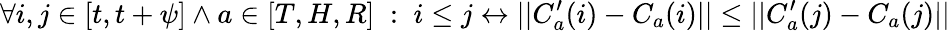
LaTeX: \forall i,j\in[t,t+\psi]\wedge a\in[T,H,R]\; :\; i\leq j\leftrightarrow||C_{a}^{\prime}(i)-C_{a}(i)||\leq||C_{a}^{\prime}(j)-C_{a}(j)||